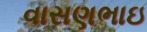
વાસણભાઇ